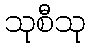
သုစီသု